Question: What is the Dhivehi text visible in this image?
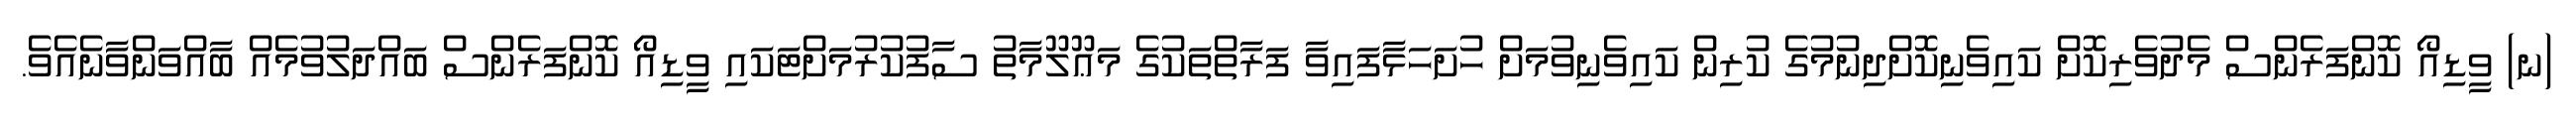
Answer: (ނ) ވީޑިއޯ ކޮންފަރެންސް މެދުވެރިކޮށް ކައިވެނިކޮށްދިނުމުގެ ކުރިން ކައިވެނިވުމަށް ހުށަހަޅާފައިވާ ފަރާތްތަކުގެ މަޢޫލޫމާތު ސާފުކުރުމަށްޓަކައި ވީޑިއޯ ކޮންފަރެންސް ބައްދަލުވުމެއް ބާއްވަންވާނެއެވެ.